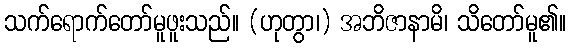
သက်ရောက်တော်မူဖူးသည်။ (ဟုတွာ၊) အဘိဇာနာမိ၊ သိတော်မူ၏။